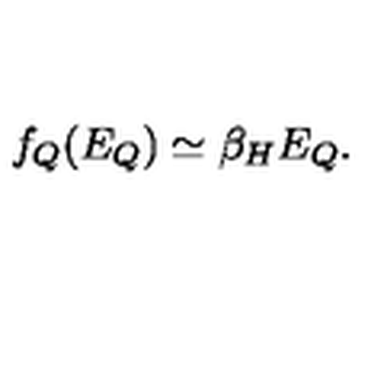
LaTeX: f _ { Q } ( E _ { Q } ) \simeq \beta _ { H } E _ { Q } .